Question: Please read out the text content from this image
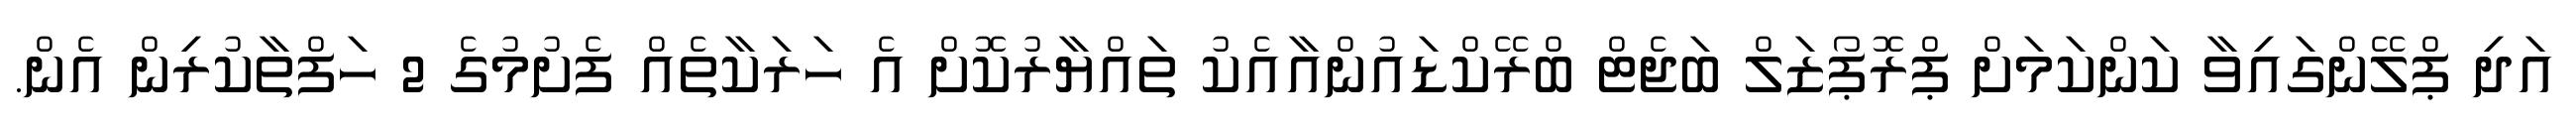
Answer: އަދި ޕްލޭންގައިވާ ކަންކަމަށް ޕްރޮޕޯޒަލް ބަޖެޓް ބްރޭކްޑައުންއާއެކު ތައްޔާރުކޮށް އެ ހަރަކާތެއް ފެށުމުގެ 2 ހަފްތާކުރިން އެން.